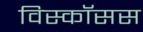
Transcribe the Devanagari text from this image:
विस्कॉसस